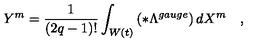
Y ^ { m } = \frac 1 { \left( 2 q - 1 \right) ! } \int _ { W \left( t \right) } \left( * \Lambda ^ { g a u g e } \right) d X ^ { m } \quad ,